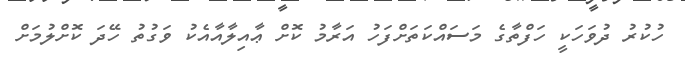
ހުކުރު ދުވަހަކީ ހަފްތާގެ މަސައްކަތަށްފަހު އަރާމު ކޮށް ޢާއިލާއާއެކު ވަގުތު ހޭދަ ކޮށްލުމަށް